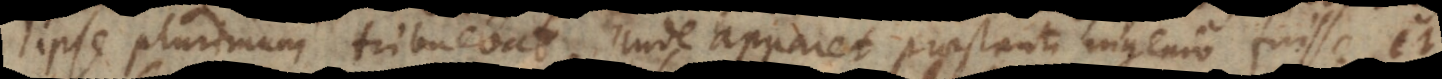
ipse plurimum tribuebat. Unde apparet praestanti ingenio fuisse, et